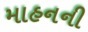
માહનની